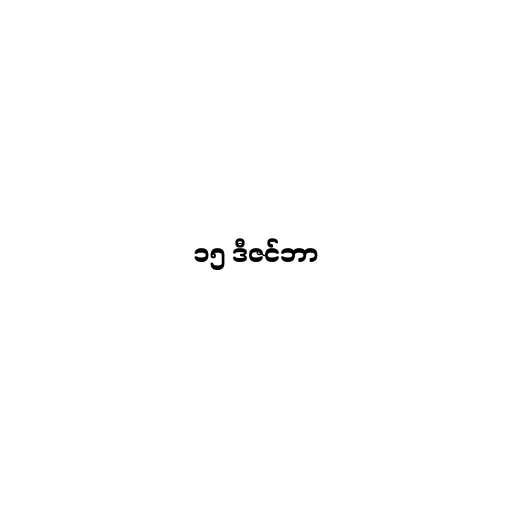
၁၅ ဒီဇင်ဘာ